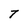
Character: T